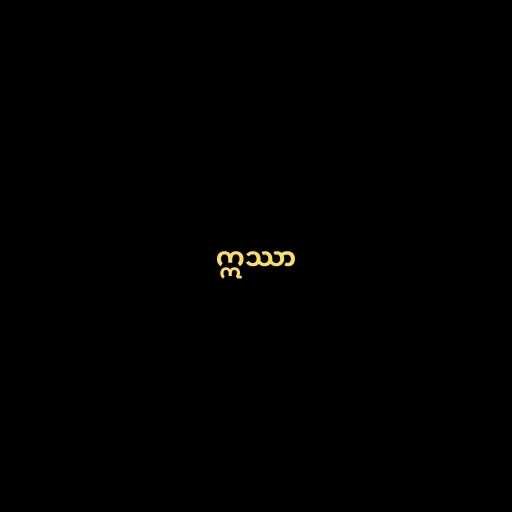
ဣဿာ